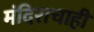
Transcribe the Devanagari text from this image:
मंदिराचाही